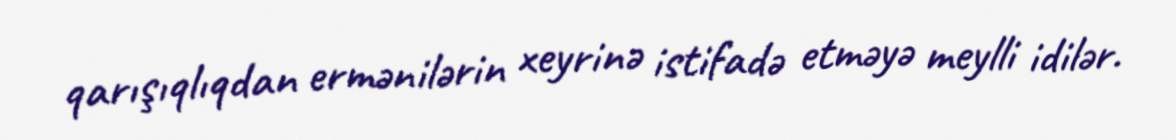
qarışıqlıqdan ermənilərin xeyrinə istifadə etməyə meylli idilər.